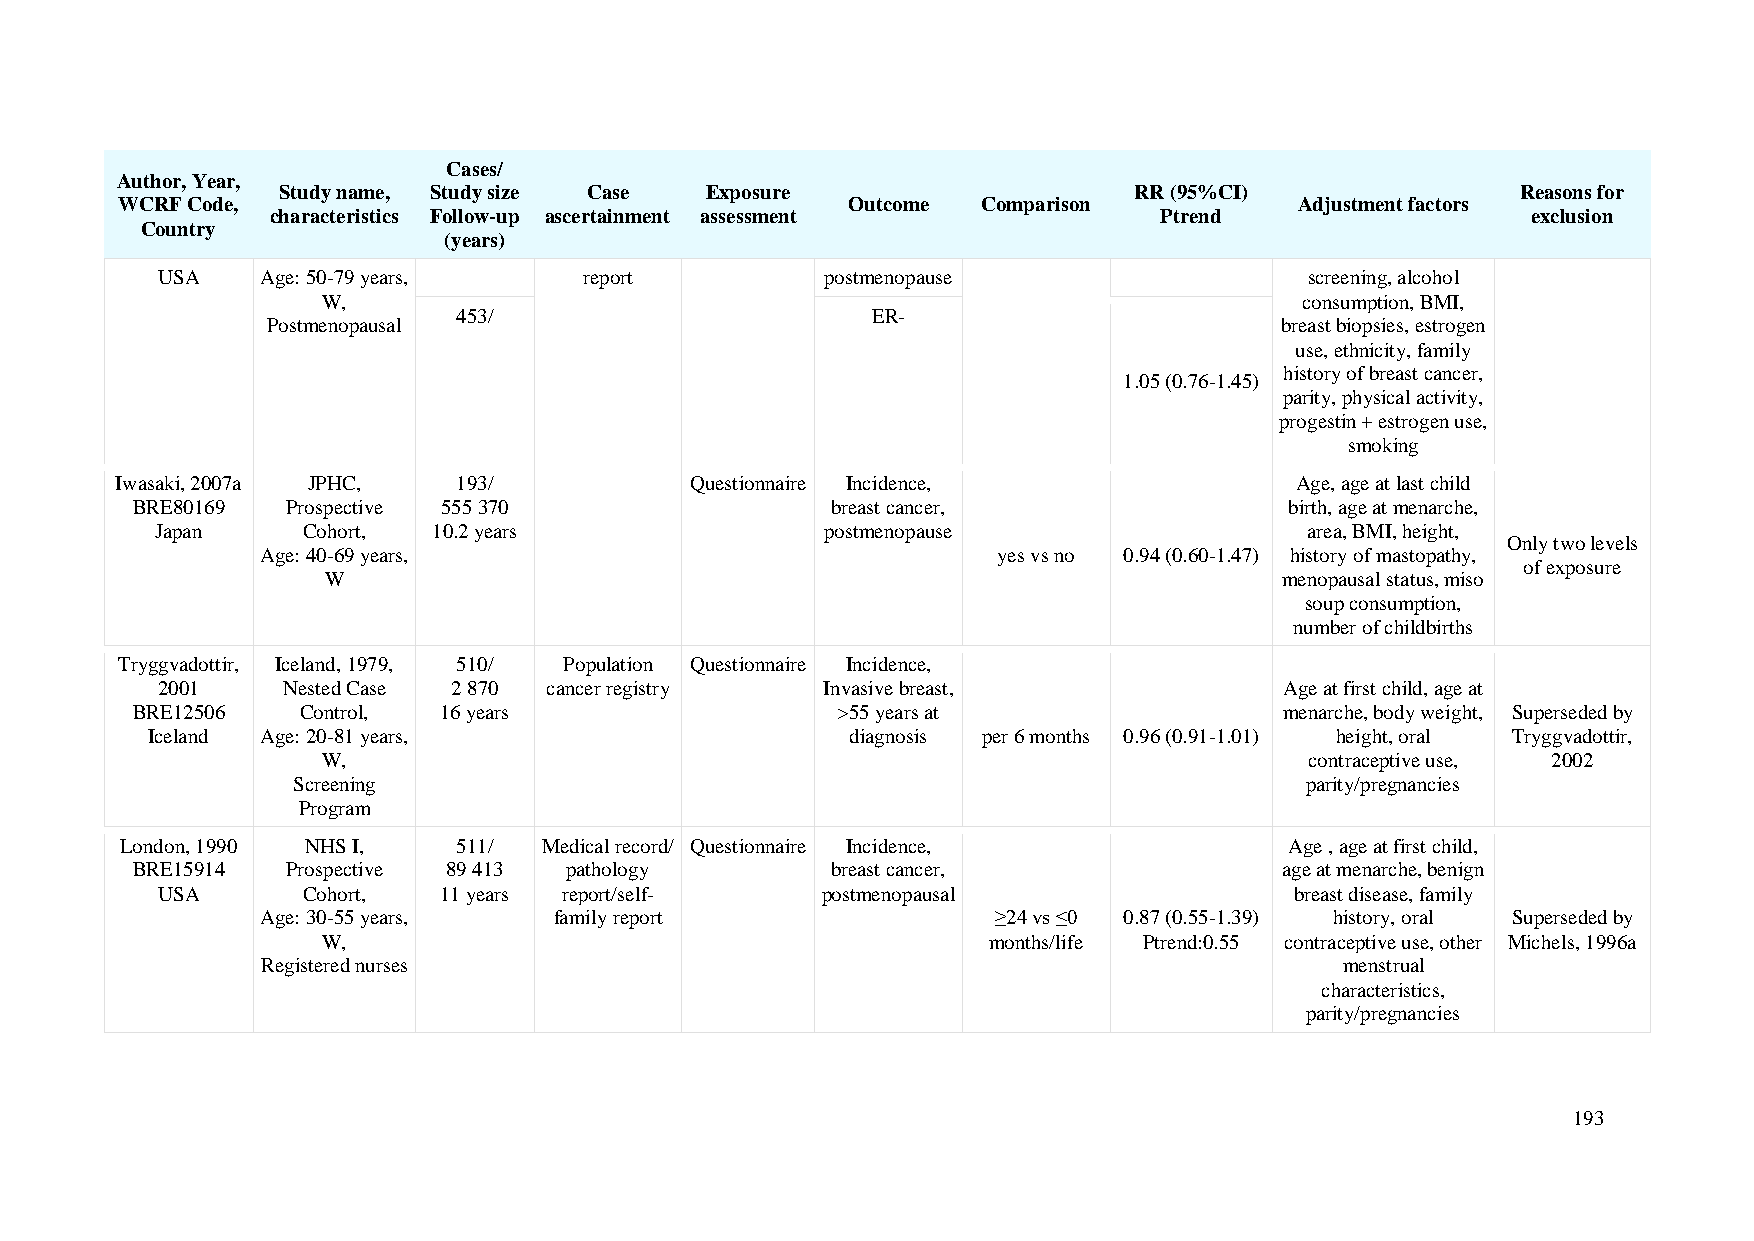
Cases/
 Author, Year,
 Study name, Study size Case  Exposure                    RR (95%CI)                Reasons for
 WCRF Code,                                      Outcome  Comparison           Adjustment factors
 characteristics Follow-up ascertainment assessment         Ptrend                  exclusion
 Country
 (years)
 USA    Age: 50-79 years,     report          postmenopause                   screening, alcohol
 W,                                                               consumption, BMI,
 453/                        ER-
 Postmenopausal                                                     breast biopsies, estrogen
 use, ethnicity, family
 history of breast cancer,
 1.05 (0.76-1.45)
 parity, physical activity,
 progestin + estrogen use,
 smoking
 Iwasaki, 2007a JPHC,  193/            Questionnaire Incidence,                Age, age at last child
 BRE80169  Prospective 555 370                 breast cancer,                birth, age at menarche,
 Japan     Cohort,  10.2 years                postmenopause                   area, BMI, height,
 Only two levels
 Age: 40-69 years,                                yes vs no 0.94 (0.60-1.47) history of mastopathy,
 of exposure
 W                                                               menopausal status, miso
 soup consumption,
 number of childbirths
 Tryggvadottir, Iceland, 1979, 510/ Population Questionnaire Incidence,
 2001     Nested Case 2 870 cancer registry  Invasive breast,               Age at first child, age at
 BRE12506   Control, 16 years                  >55 years at                  menarche, body weight, Superseded by
 Iceland Age: 20-81 years,                     diagnosis per 6 months 0.96 (0.91-1.01) height, oral Tryggvadottir,
 W,                                                                contraceptive use, 2002
 Screening                                                          parity/pregnancies
 Program
 London, 1990 NHS I,   511/  Medical record/ Questionnaire Incidence,         Age , age at first child,
 BRE15914  Prospective 89 413 pathology        breast cancer,                age at menarche, benign
 USA       Cohort,  11 years report/self-    postmenopausal                  breast disease, family
 Age: 30-55 years,   family report                ≥24 vs ≤0 0.87 (0.55-1.39) history, oral Superseded by
 W,                                          months/life Ptrend:0.55 contraceptive use, other Michels, 1996a
 Registered nurses                                                       menstrual
 characteristics,
 parity/pregnancies
 193